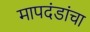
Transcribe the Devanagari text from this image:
मापदंडांचा